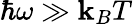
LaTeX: \hbar\omega\gg\mathbf{k}_{B}T